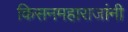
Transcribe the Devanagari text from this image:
किसनमहाराजांनी